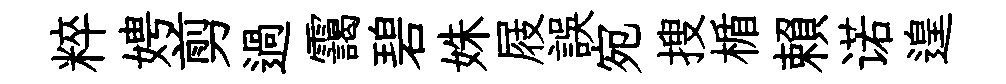
粹娉剪過靄碧姝屐誤宛搜楯賴诺遑